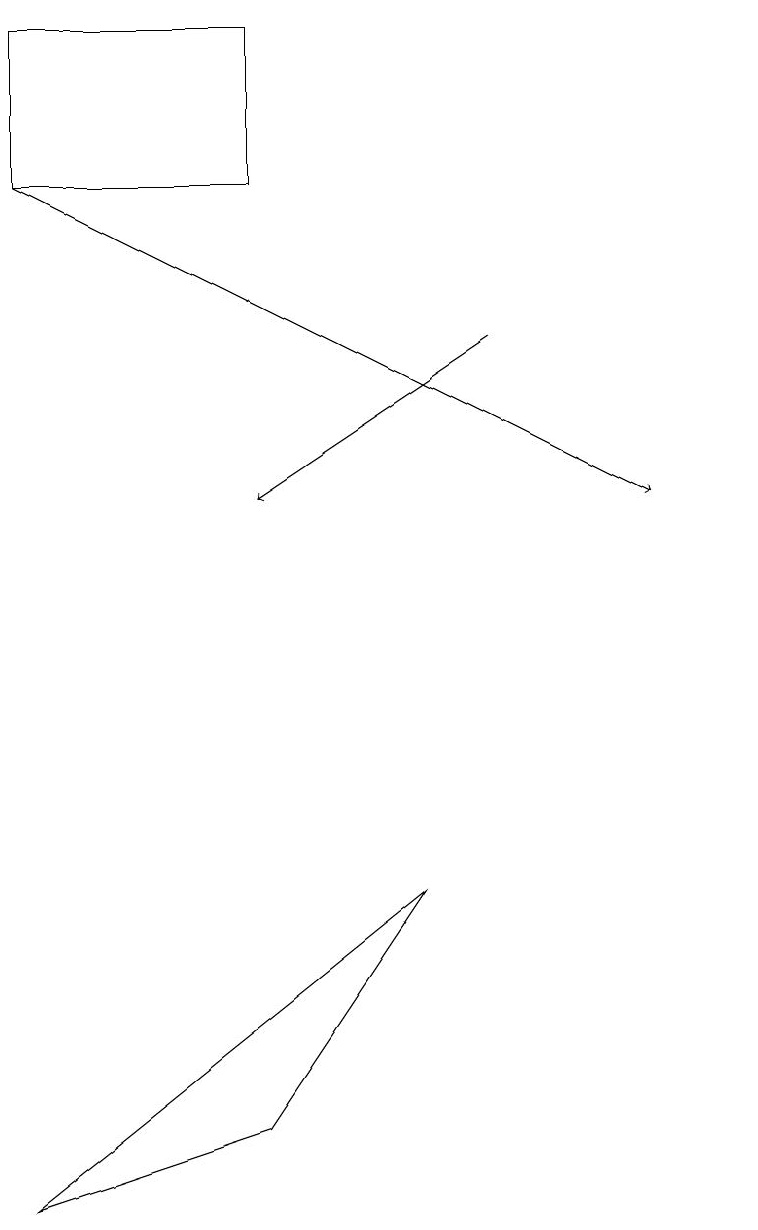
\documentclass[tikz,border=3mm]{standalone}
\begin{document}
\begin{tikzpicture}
\draw[->] (1,17) -- (9,13);
\draw (10,12) circle (0);
\draw[->] (7,15) -- (4,13);
\draw (6,8) -- (1,4) -- (4,5) -- cycle;
\draw (1,19) rectangle (4,17);
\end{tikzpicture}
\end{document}